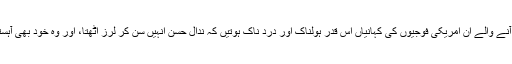
عراق اور افغانستان سے واپس آنے والے ان امریکی فوجیوں کی کہانیاں اس قدر ہولناک اور درد ناک ہوتیں کہ ندال حسن انہیں سن کر لرز اٹھتا، اور وہ خود بھی آہستہ آہستہ ذہنی دباﺅ میں آنے لگا۔